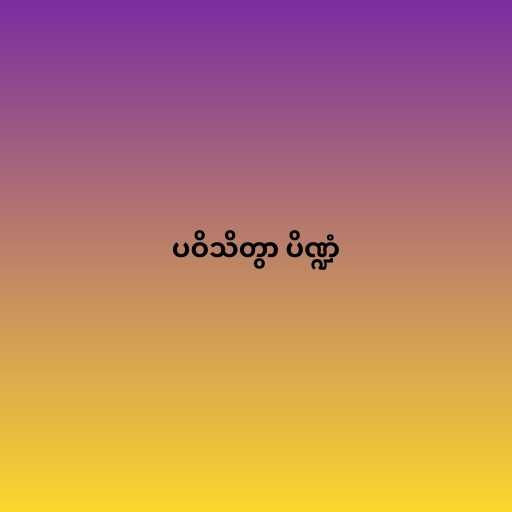
ပဝိသိတွာ ပိဏ္ဍံ